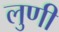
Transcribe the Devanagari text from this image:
लुणी